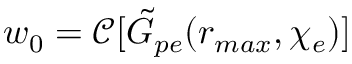
w _ { 0 } = \mathcal { C } [ \tilde { G } _ { p e } ( r _ { m a x } , \chi _ { e } ) ]